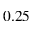
0 . 2 5